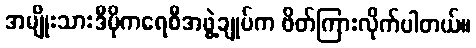
အမျိုးသားဒီမိုကရေစီအဖွဲ့ချုပ်က ဖိတ်ကြားလိုက်ပါတယ်။